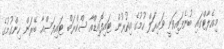
މިއެލާޓްގައި ބުނެފައިވަނީ ވައިރަލް ހުމުގެ އިތުރުން ޓައިފޮއިޑްއާ ސްކްރަބް ޓައިފަސްއާ ބޭރަން ހިންގުމުގެ